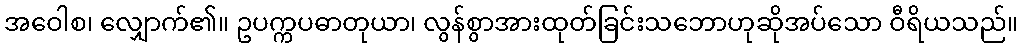
အဝေါစ၊ လျှောက်၏။ ဥပက္ကပဓာတုယာ၊ လွန်စွာအားထုတ်ခြင်းသဘောဟုဆိုအပ်သော ဝီရိယသည်။